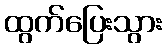
ထွက်ပြေးသွား